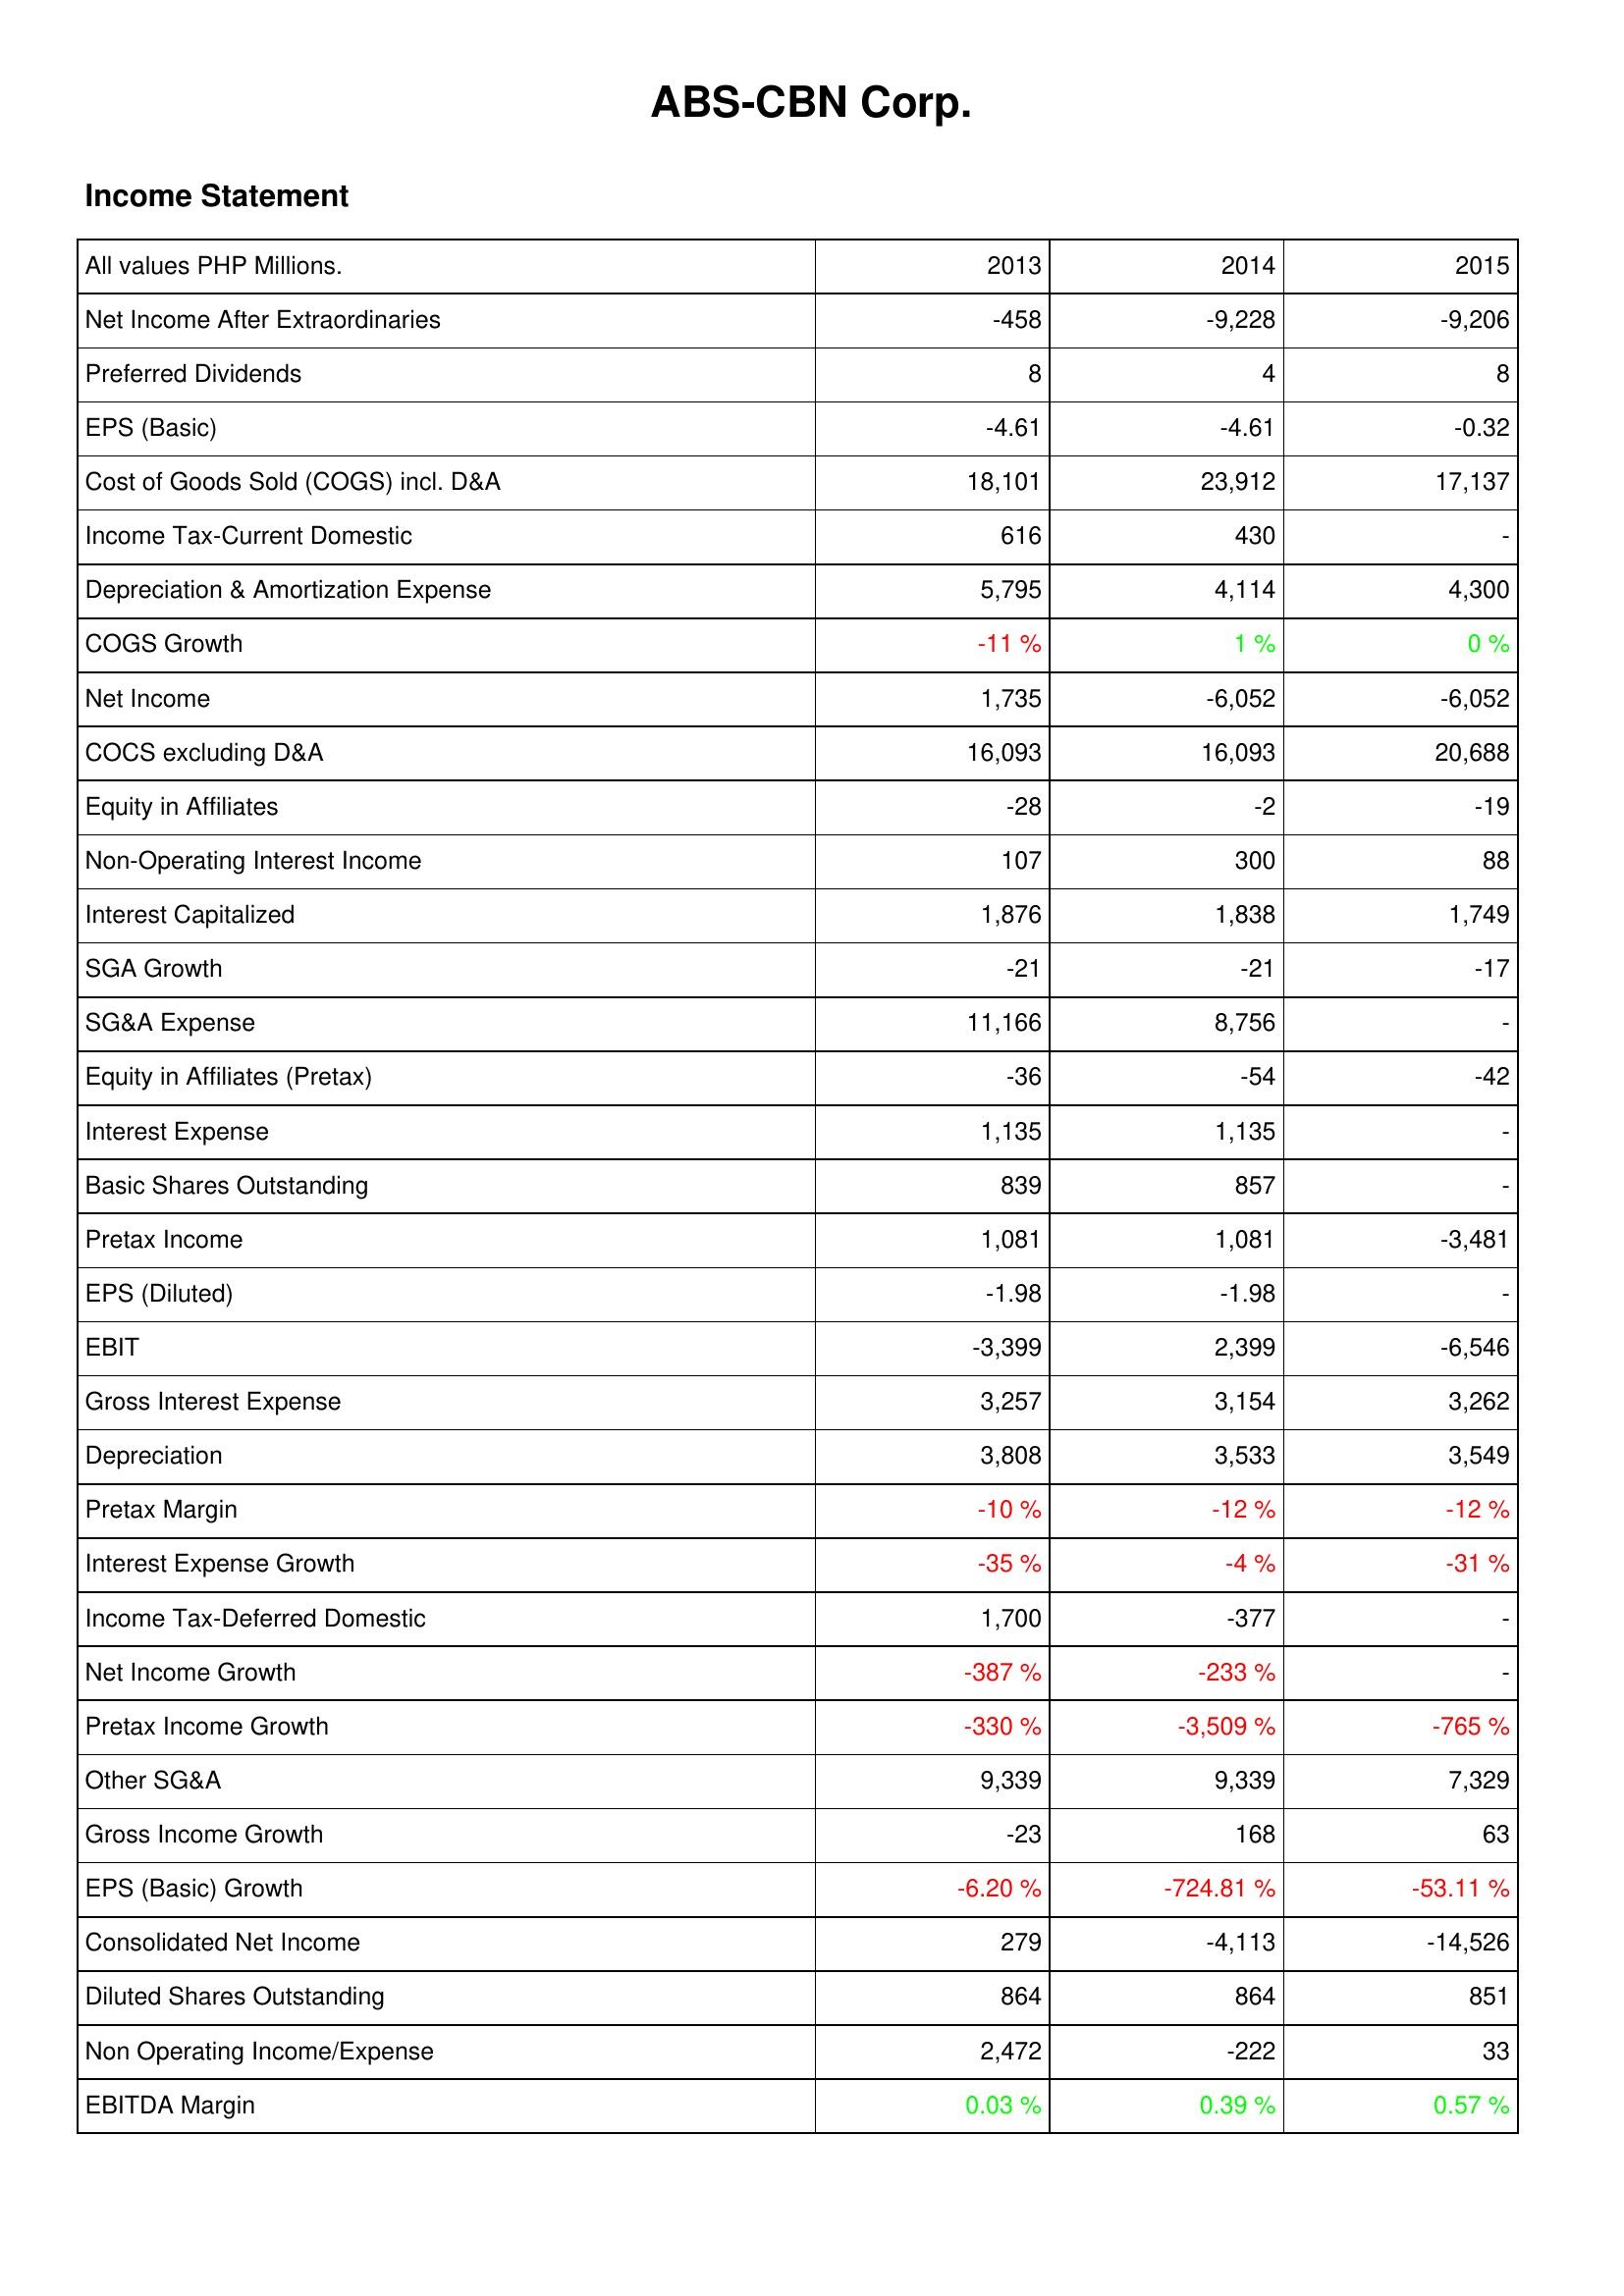
2013: Income Statement: Net Income After Extraordinaries: -458
Preferred Dividends: 8
EPS (Basic): -4.61
Cost of Goods Sold (COGS) incl. D&A: 18,101
Income Tax-Current Domestic: 616
Depreciation & Amortization Expense: 5,795
COGS Growth: -11 %
Net Income: 1,735
COCS excluding D&A: 16,093
Equity in Affiliates: -28
Non-Operating Interest Income: 107
Interest Capitalized: 1,876
SGA Growth: -21
SG&A Expense: 11,166
Equity in Affiliates (Pretax): -36
Interest Expense: 1,135
Basic Shares Outstanding: 839
Pretax Income: 1,081
EPS (Diluted): -1.98
EBIT: -3,399
Gross Interest Expense: 3,257
Depreciation: 3,808
Pretax Margin: -10 %
Interest Expense Growth: -35 %
Income Tax-Deferred Domestic: 1,700
Net Income Growth: -387 %
Pretax Income Growth: -330 %
Other SG&A: 9,339
Gross Income Growth: -23
EPS (Basic) Growth: -6.20 %
Consolidated Net Income: 279
Diluted Shares Outstanding: 864
Non Operating Income/Expense: 2,472
EBITDA Margin: 0.03 %
2014: Income Statement: Net Income After Extraordinaries: -9,228
Preferred Dividends: 4
EPS (Basic): -4.61
Cost of Goods Sold (COGS) incl. D&A: 23,912
Income Tax-Current Domestic: 430
Depreciation & Amortization Expense: 4,114
COGS Growth: 1 %
Net Income: -6,052
COCS excluding D&A: 16,093
Equity in Affiliates: -2
Non-Operating Interest Income: 300
Interest Capitalized: 1,838
SGA Growth: -21
SG&A Expense: 8,756
Equity in Affiliates (Pretax): -54
Interest Expense: 1,135
Basic Shares Outstanding: 857
Pretax Income: 1,081
EPS (Diluted): -1.98
EBIT: 2,399
Gross Interest Expense: 3,154
Depreciation: 3,533
Pretax Margin: -12 %
Interest Expense Growth: -4 %
Income Tax-Deferred Domestic: -377
Net Income Growth: -233 %
Pretax Income Growth: -3,509 %
Other SG&A: 9,339
Gross Income Growth: 168
EPS (Basic) Growth: -724.81 %
Consolidated Net Income: -4,113
Diluted Shares Outstanding: 864
Non Operating Income/Expense: -222
EBITDA Margin: 0.39 %
2015: Income Statement: Net Income After Extraordinaries: -9,206
Preferred Dividends: 8
EPS (Basic): -0.32
Cost of Goods Sold (COGS) incl. D&A: 17,137
Income Tax-Current Domestic: -
Depreciation & Amortization Expense: 4,300
COGS Growth: 0 %
Net Income: -6,052
COCS excluding D&A: 20,688
Equity in Affiliates: -19
Non-Operating Interest Income: 88
Interest Capitalized: 1,749
SGA Growth: -17
SG&A Expense: -
Equity in Affiliates (Pretax): -42
Interest Expense: -
Basic Shares Outstanding: -
Pretax Income: -3,481
EPS (Diluted): -
EBIT: -6,546
Gross Interest Expense: 3,262
Depreciation: 3,549
Pretax Margin: -12 %
Interest Expense Growth: -31 %
Income Tax-Deferred Domestic: -
Net Income Growth: -
Pretax Income Growth: -765 %
Other SG&A: 7,329
Gross Income Growth: 63
EPS (Basic) Growth: -53.11 %
Consolidated Net Income: -14,526
Diluted Shares Outstanding: 851
Non Operating Income/Expense: 33
EBITDA Margin: 0.57 %